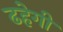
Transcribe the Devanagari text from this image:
ढहेगी